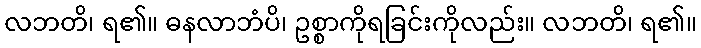
လဘတိ၊ ရ၏။ ဓနလာဘံပိ၊ ဥစ္စာကိုရခြင်းကိုလည်း။ လဘတိ၊ ရ၏။